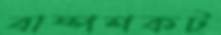
বাষ্পশকট